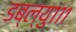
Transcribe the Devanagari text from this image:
डब्ल्यु१११